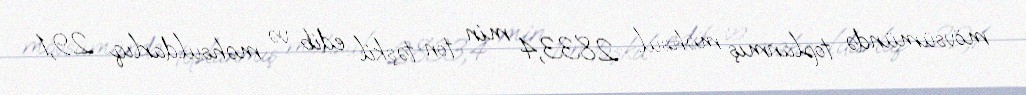
mövsümündə toplanmış məhsul 2833,4 min ton təşkil edib və məhsuldarlıq 29,1